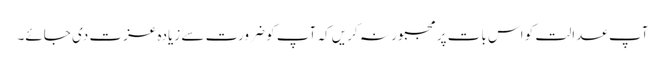
آپ عدالت کو اس بات پر مجبور نہ کریں کہ آپ کو ضرورت سے زیادہ عزت دی جائے۔